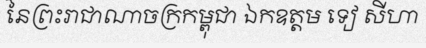
នៃព្រះរាជាណាចក្រកម្ពុជា ឯកឧត្តម ទៀ សីហា